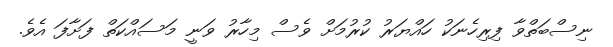
ނިސްބަތްވާ ފިރިހެނަކު ހައްޔަރު ކުރުމަށް ވެސް މިހާރު ވަނީ މަސައްކަތް ފަށާފަ އެވެ.